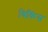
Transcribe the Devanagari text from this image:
विकिंस